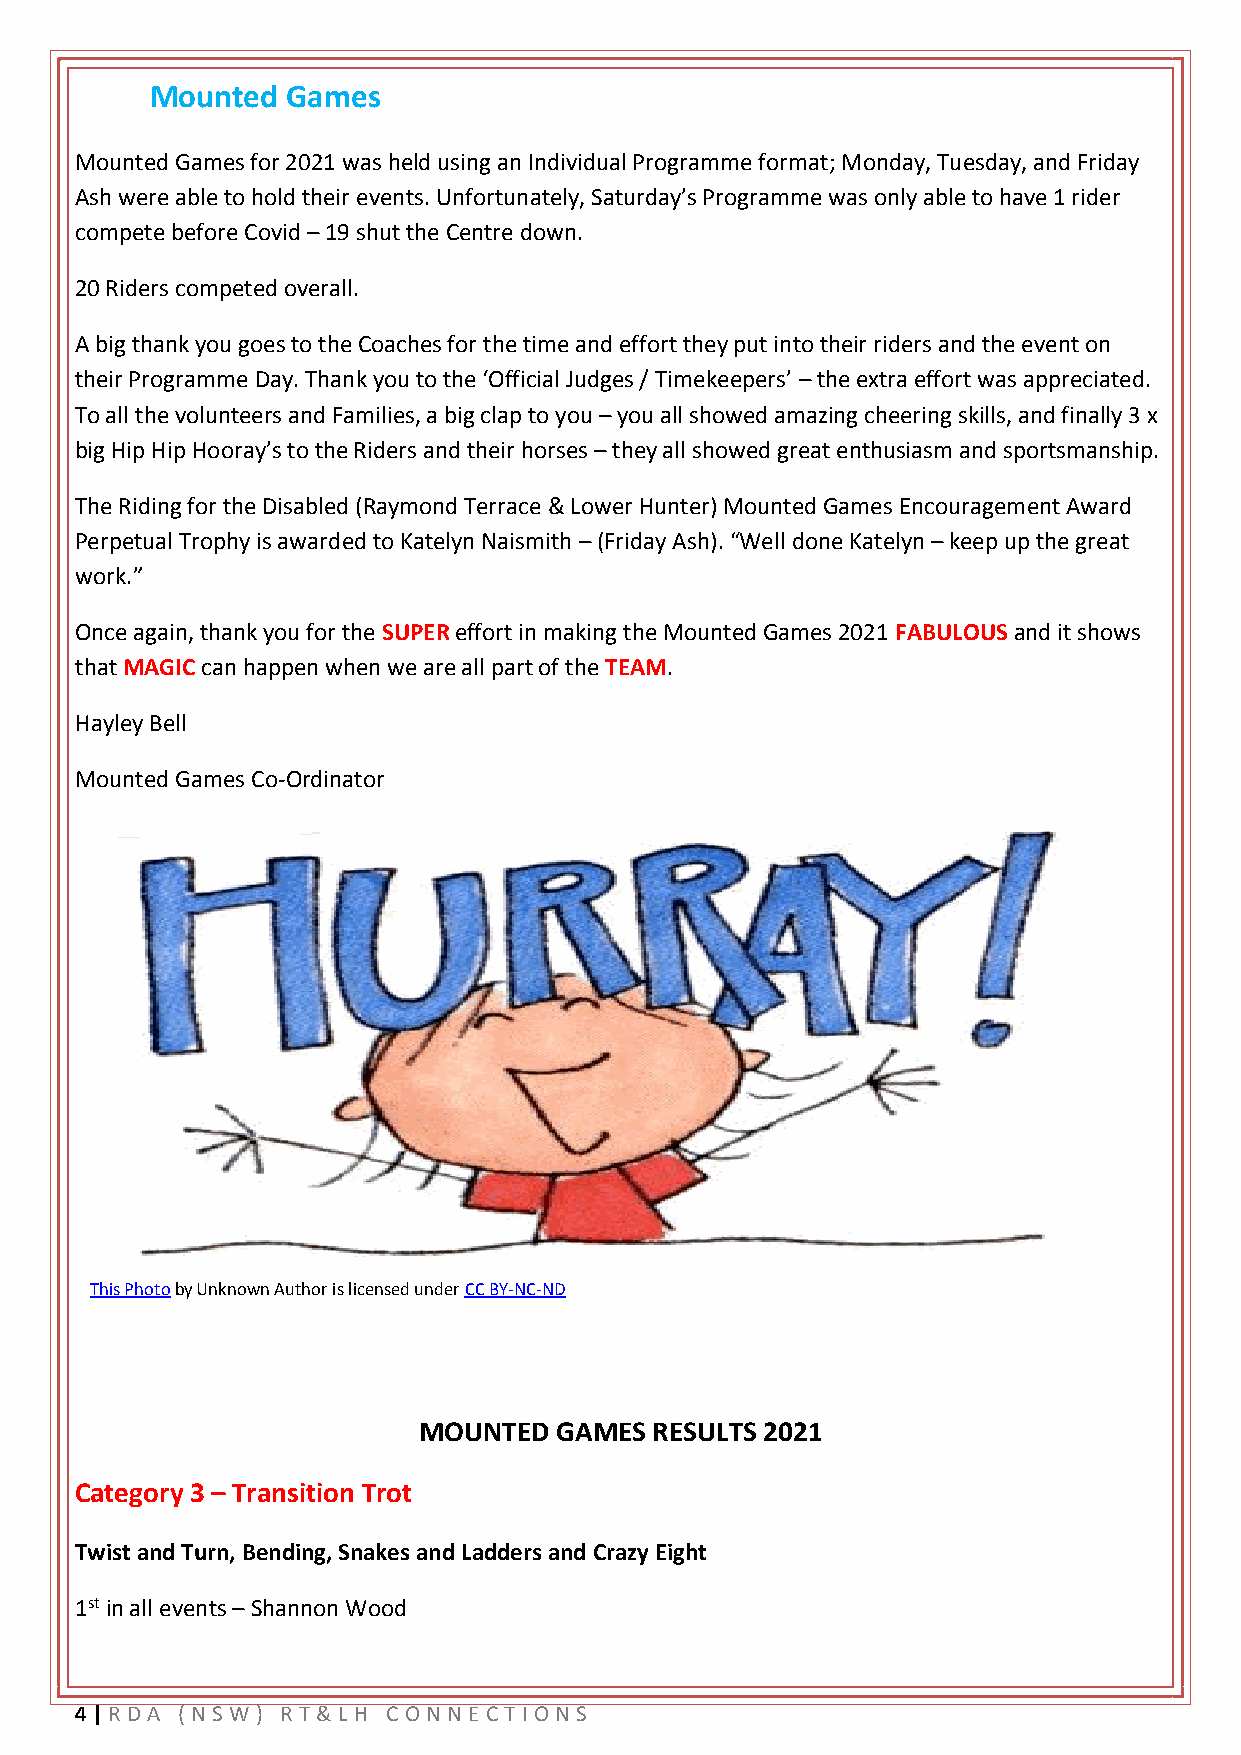
Mounted  Games
 Mounted Games for 2021 was held using an Individual Programme format; Monday, Tuesday, and Friday
 Ash were able to hold their events. Unfortunately, Saturday’s Programme was only able to have 1 rider
 compete before Covid – 19 shut the Centre down.
 20 Riders competed overall.
 A big thank you goes to the Coaches for the time and effort they put into their riders and the event on
 their Programme Day. Thank you to the ‘Official Judges / Timekeepers’ – the extra effort was appreciated.
 To all the volunteers and Families, a big clap to you – you all showed amazing cheering skills, and finally 3 x
 big Hip Hip Hooray’s to the Riders and their horses – they all showed great enthusiasm and sportsmanship.
 The Riding for the Disabled (Raymond Terrace & Lower Hunter) Mounted Games Encouragement Award
 Perpetual Trophy is awarded to Katelyn Naismith – (Friday Ash). “Well done Katelyn – keep up the great
 work.”
 Once again, thank you for the SUPER effort in making the Mounted Games 2021 FABULOUS and it shows
 that MAGIC can happen when we are all part of the TEAM.
 Hayley Bell
 Mounted Games Co-Ordinator
 This Photo by Unknown Author is licensed under CC BY-NC-ND
 MOUNTED  GAMES RESULTS 2021
 Category 3 – Transition Trot
 Twist and Turn, Bending, Snakes and Ladders and Crazy Eight
 1st in all events – Shannon Wood
 4 | RD A ( NSW ) R T& L H CO NNE CT IONS